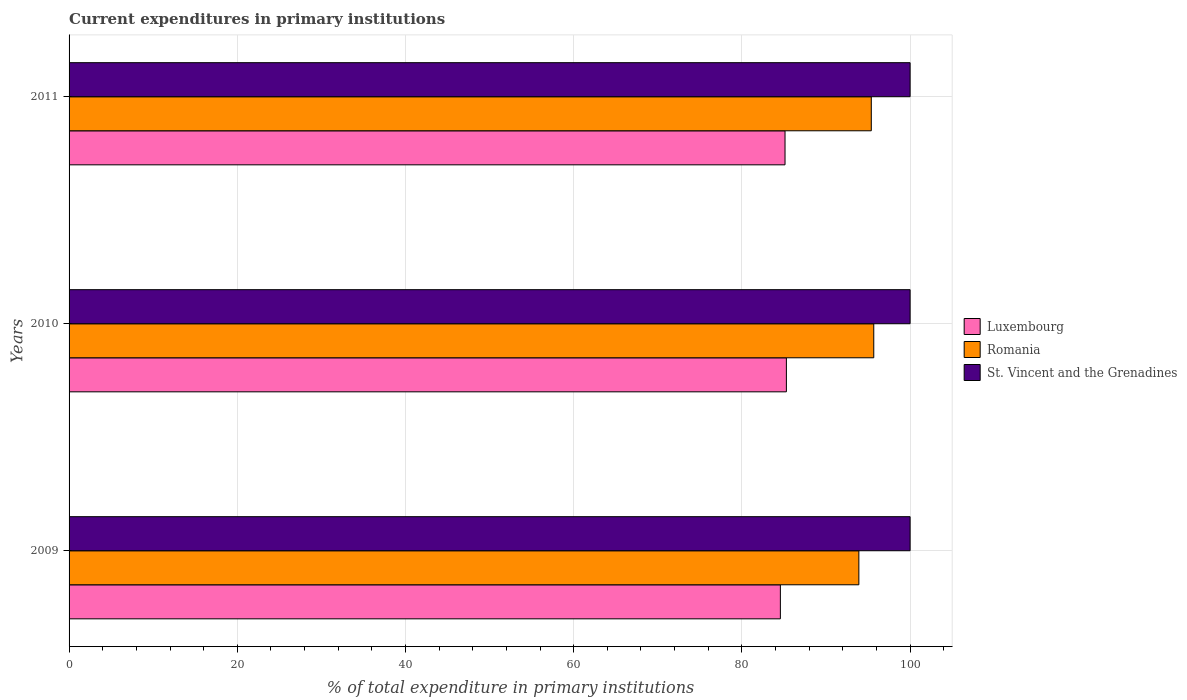
| Years | Luxembourg | Romania | St. Vincent and the Grenadines |
 | --- | --- | --- | --- |
 | 2009 | 84.6 | 93.9 | 100 |
 | 2010 | 85.3 | 95.7 | 100 |
 | 2011 | 85.1 | 95.4 | 100 |